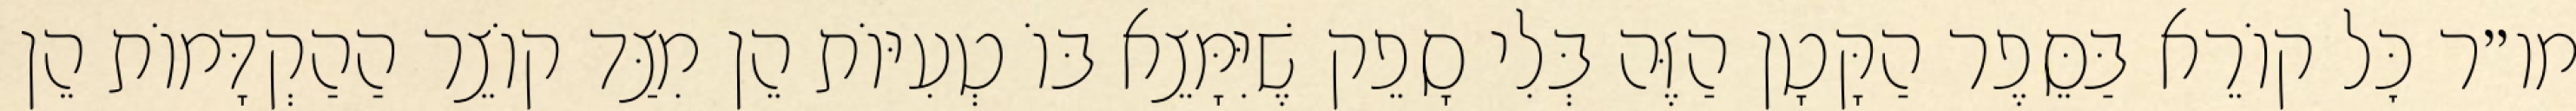
מו״ר כׇּל קוֹרֵא בַּסֵּפֶר הַקָּטָן הַזֶּה בְּלִי סָפֵק שֶׁיִּמָּצֵא בּוֹ טְעִיּוֹת הֵן מִצַּד קוֹצֵר הַהַקְדָּמוֹת הֵן